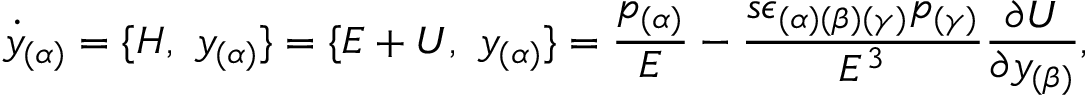
{ \dot { y } } _ { ( \alpha ) } = \{ H , \ { y } _ { ( \alpha ) } \} = \{ E + U , \ { y } _ { ( \alpha ) } \} = { \frac { p _ { ( \alpha ) } } { E } } - { \frac { s \epsilon _ { ( \alpha ) ( \beta ) ( \gamma ) } p _ { ( \gamma ) } } { E ^ { 3 } } } { \frac { \partial U } { \partial { y } _ { ( \beta ) } } } ,